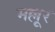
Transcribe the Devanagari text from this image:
मल्लूर